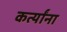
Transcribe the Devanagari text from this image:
कर्त्यांना